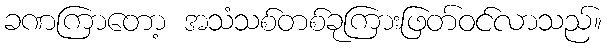
ခဏကြာတော့ အသံသစ်တစ်ခုကြားဖြတ်ဝင်လာသည်။